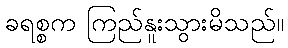
ခရစ္စက ကြည်နူးသွားမိသည်။